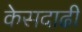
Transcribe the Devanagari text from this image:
केसदाढी